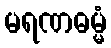
မရဏဓမ္မံ